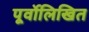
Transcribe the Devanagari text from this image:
पूर्वोलिखित